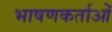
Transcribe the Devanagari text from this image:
भाषणकर्ताओं